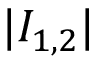
\vert I _ { 1 , 2 } \vert